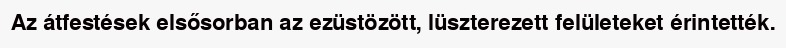
Az átfestések elsősorban az ezüstözött, lüszterezett felületeket érintették.